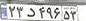
۲۳د۴۹۶۵۳